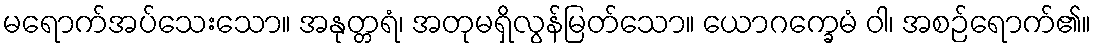
မရောက်အပ်သေးသော။ အနုတ္တရံ၊ အတုမရှိလွန်မြတ်သော။ ယောဂက္ခေမံ ဝါ၊ အစဉ်ရောက်၏။